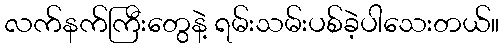
လက်နက်ကြီးတွေနဲ့ ရမ်းသမ်းပစ်ခဲ့ပါသေးတယ်။